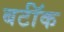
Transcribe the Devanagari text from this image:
बर्टॉक